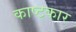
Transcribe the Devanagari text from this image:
काष्टकार